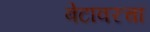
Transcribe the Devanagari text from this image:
बेटावरचा